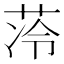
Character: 𮶣